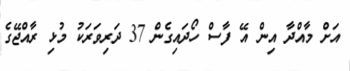
އަށް މާއްދާ އިން އޭ ފާސް ހޯދައިގެން 37 ދަރިވަރަކު މުޅި ރާއްޖޭގެ